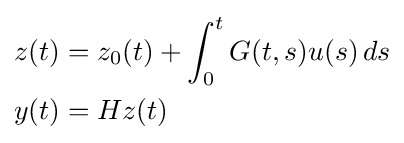
{\begin{aligned}z(t)&=z_{0}(t)+\int _{0}^{t}G(t,s)u(s)\,ds\\y(t)&=Hz(t)\end{aligned}}